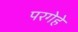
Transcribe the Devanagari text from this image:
परगेहे